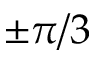
\pm \pi / 3